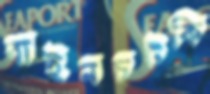
বাইনচটকি